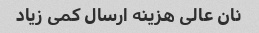
نان عالی هزینه ارسال کمی زیاد